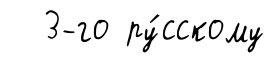
3-го ру́сскому